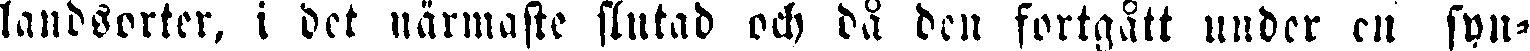
landsorter, i det närmaste slutad och då den fortgått under en fyn-